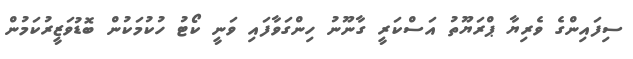
ސިފައިންގެ ވެރިޔާ ޕްރަޔޫތު އަސްކަރީ ގާނޫނު ހިންގަވާފައި ވަނީ ކޯޓު ހުކުމަކުން ބޮޑުވަޒީރުކަމުން